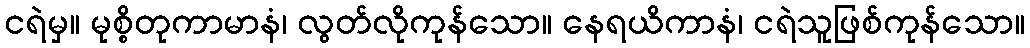
ငရဲမှ။ မုစ္စိတုကာမာနံ၊ လွတ်လိုကုန်သော။ နေရယိကာနံ၊ ငရဲသူဖြစ်ကုန်သော။